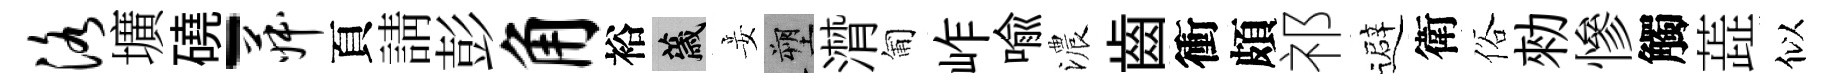
洛壙磽-菽頁請彭角裕薉妾塑潸匍岞喩濃齒衝頗祁避衛俗勑慘觸蕋似